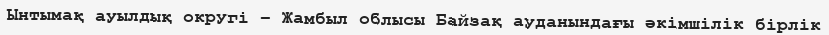
Ынтымақ ауылдық округі – Жамбыл облысы Байзақ ауданындағы әкімшілік бірлік